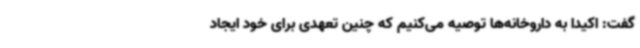
گفت: اکیدا به داروخانه‌ها توصیه می‌کنیم که چنین تعهدی برای خود ایجاد